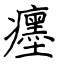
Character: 癦